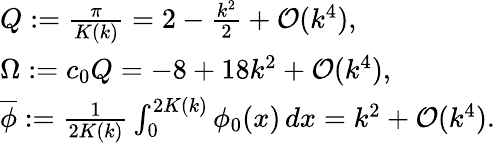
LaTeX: \begin{array}{l}{Q:=\frac{\pi}{K(k)}=2-\frac{k^{2}}{2}+\mathcal{O}(k^{4}),}\\ {\Omega:=c_{0}Q=-8+18k^{2}+\mathcal{O}(k^{4}),}\\ {\overline{{\phi}}:=\frac{1}{2K(k)}\int_{0}^{2K(k)}\phi_{0}(x)\, dx=k^{2}+\mathcal{O}(k^{4}).}\end{array}